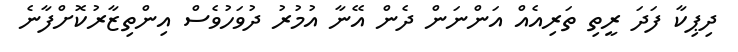
ދިޕިކާ ފަދަ ރީތި ތަރިއެއް އަންނަން ދެން އޭނާ އުމުރު ދުވަހުވެސްް އިންތިޒާރުކޮށްފާނެ